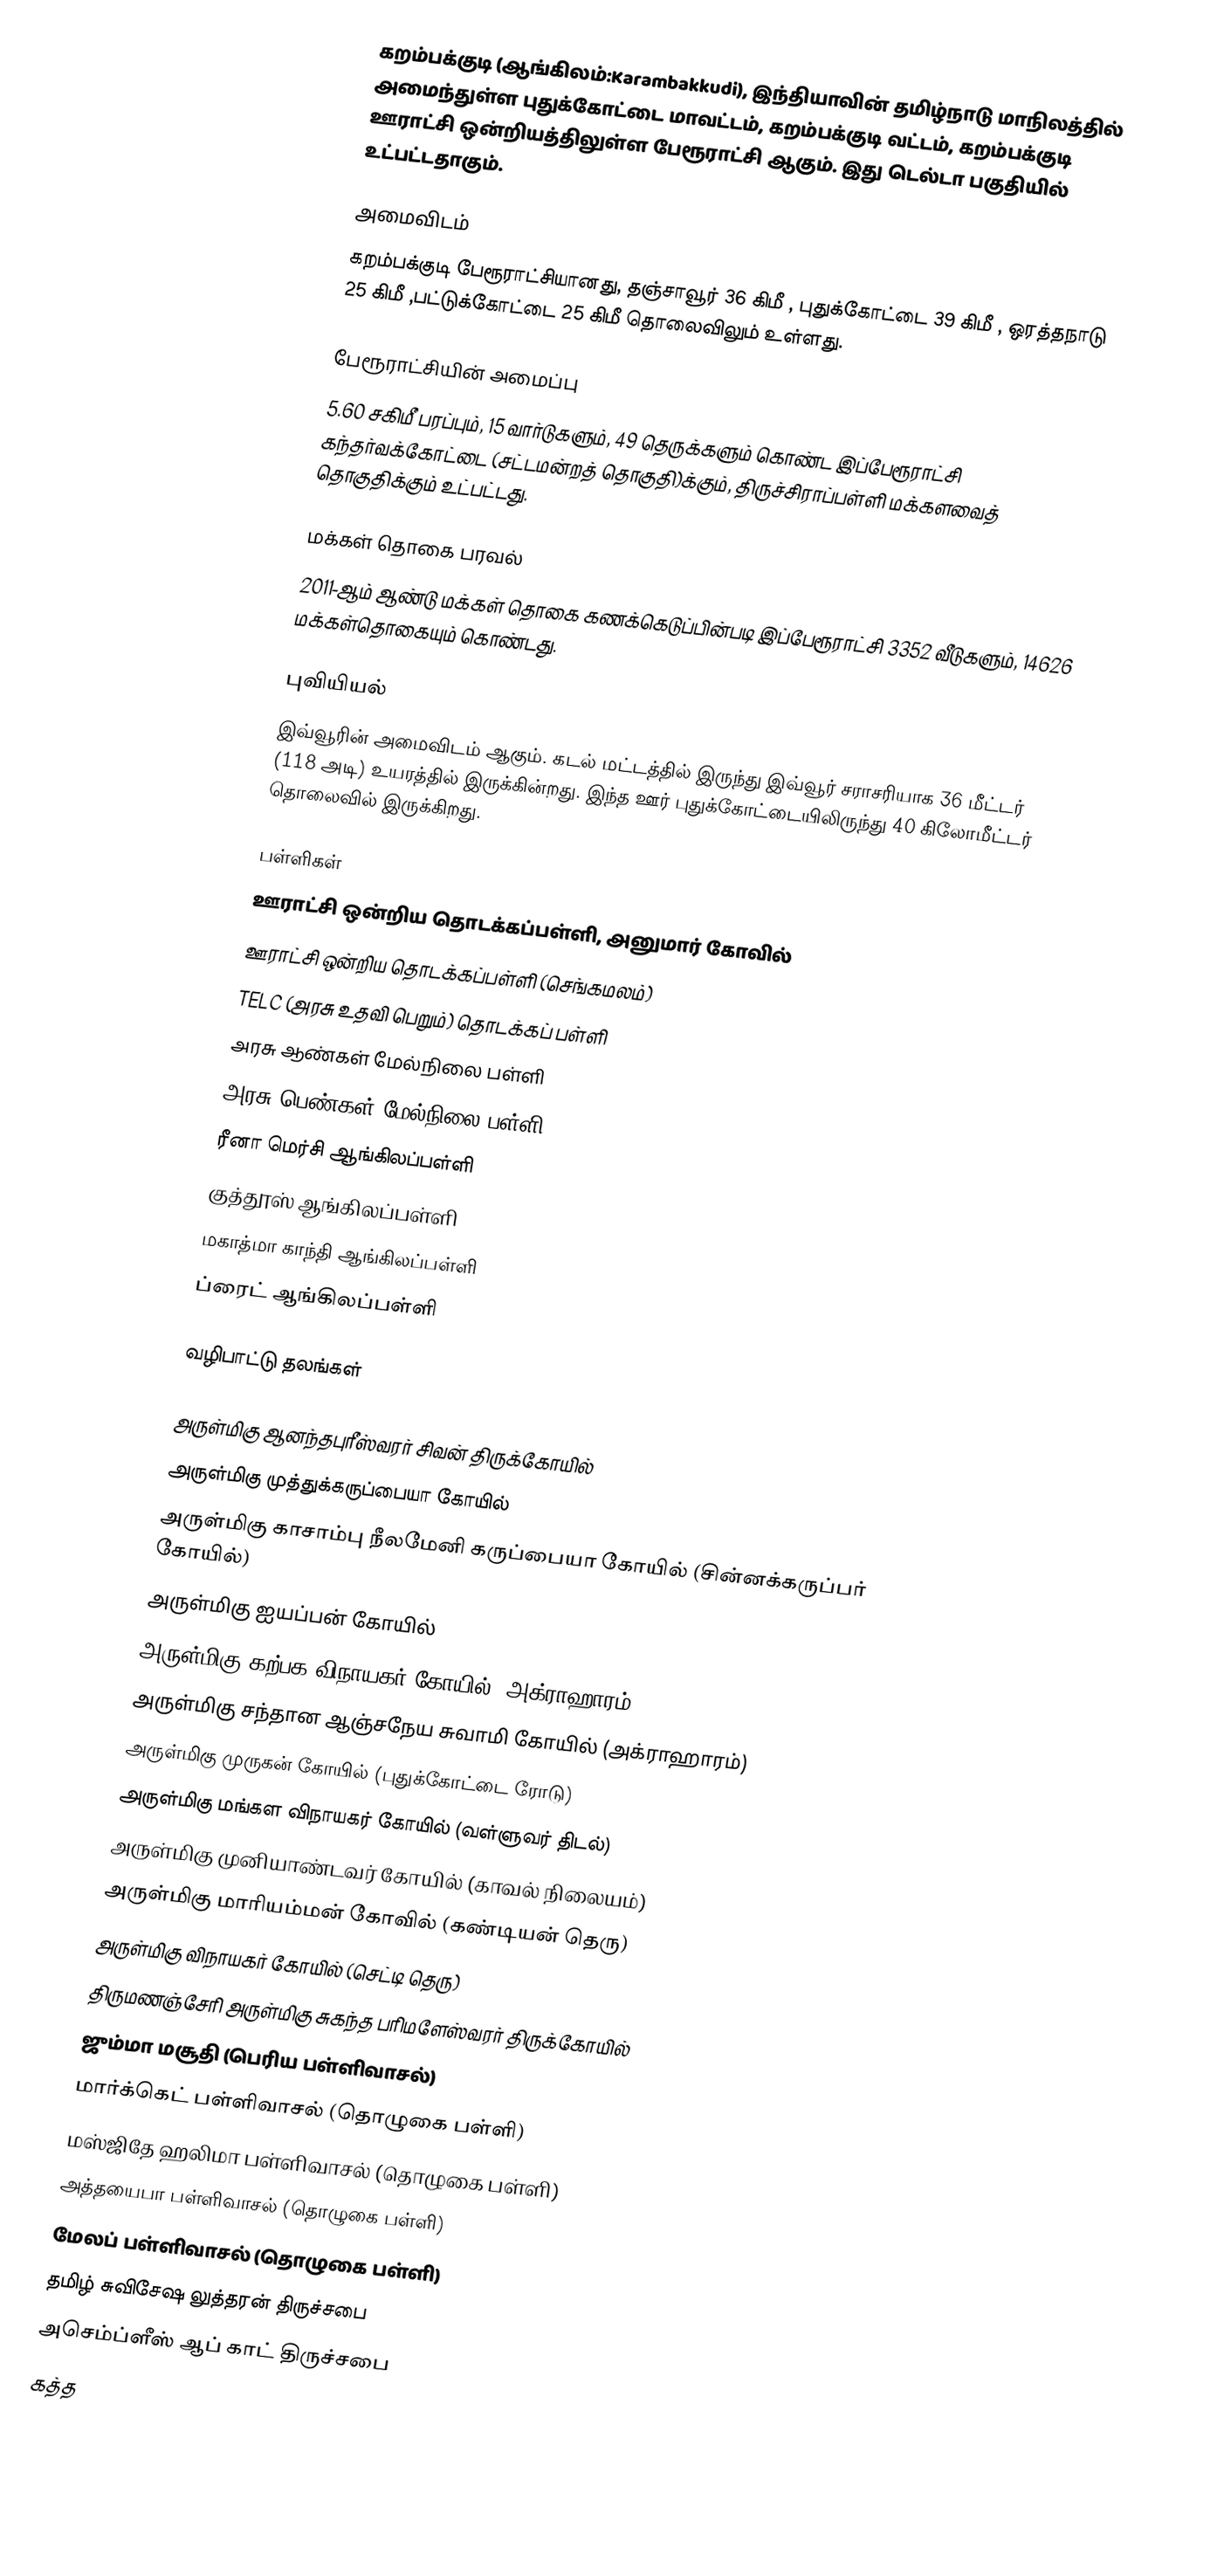
கறம்பக்குடி (ஆங்கிலம்:Karambakkudi), இந்தியாவின் தமிழ்நாடு மாநிலத்தில் அமைந்துள்ள புதுக்கோட்டை மாவட்டம்,  கறம்பக்குடி வட்டம், கறம்பக்குடி ஊராட்சி ஒன்றியத்திலுள்ள பேரூராட்சி ஆகும். இது டெல்டா பகுதியில் உட்பட்டதாகும்.

அமைவிடம்
கறம்பக்குடி பேரூராட்சியானது, தஞ்சாவூர் 36 கிமீ , புதுக்கோட்டை 39 கிமீ ,  ஒரத்தநாடு 25 கிமீ ,பட்டுக்கோட்டை 25 கிமீ தொலைவிலும் உள்ளது.

பேரூராட்சியின் அமைப்பு
5.60 சகிமீ பரப்பும்,  15 வார்டுகளும், 49  தெருக்களும் கொண்ட இப்பேரூராட்சி  கந்தர்வக்கோட்டை (சட்டமன்றத் தொகுதி)க்கும், திருச்சிராப்பள்ளி மக்களவைத் தொகுதிக்கும் உட்பட்டது.

மக்கள் தொகை பரவல்
2011-ஆம் ஆண்டு மக்கள் தொகை கணக்கெடுப்பின்படி  இப்பேரூராட்சி 3352 வீடுகளும், 14626  மக்கள்தொகையும் கொண்டது.

புவியியல்
இவ்வூரின் அமைவிடம்  ஆகும். கடல் மட்டத்தில் இருந்து இவ்வூர் சராசரியாக 36 மீட்டர் (118 அடி) உயரத்தில் இருக்கின்றது. இந்த ஊர் புதுக்கோட்டையிலிருந்து 40 கிலோமீட்டர் தொலைவில் இருக்கிறது.

பள்ளிகள்
ஊராட்சி ஒன்றிய தொடக்கப்பள்ளி, அனுமார் கோவில்
ஊராட்சி ஒன்றிய தொடக்கப்பள்ளி (செங்கமலம்)
TELC (அரசு உதவி பெறும்) தொடக்கப் பள்ளி
அரசு ஆண்கள் மேல்நிலை பள்ளி
அரசு பெண்கள் மேல்நிலை பள்ளி
ரீனா மெர்சி ஆங்கிலப்பள்ளி
குத்தூஸ் ஆங்கிலப்பள்ளி
மகாத்மா காந்தி ஆங்கிலப்பள்ளி
ப்ரைட் ஆங்கிலப்பள்ளி

வழிபாட்டு தலங்கள்

அருள்மிகு ஆனந்தபுரீஸ்வரர் சிவன் திருக்கோயில்
அருள்மிகு முத்துக்கருப்பையா கோயில்
அருள்மிகு காசாம்பு நீலமேனி கருப்பையா கோயில் (சின்னக்கருப்பர் கோயில்)
அருள்மிகு ஐயப்பன் கோயில்
அருள்மிகு கற்பக விநாயகர் கோயில் (அக்ராஹாரம்)
அருள்மிகு சந்தான ஆஞ்சநேய சுவாமி கோயில் (அக்ராஹாரம்)
அருள்மிகு முருகன் கோயில் (புதுக்கோட்டை ரோடு)
அருள்மிகு மங்கள விநாயகர் கோயில் (வள்ளுவர் திடல்)
அருள்மிகு முனியாண்டவர் கோயில் (காவல் நிலையம்)
அருள்மிகு மாரியம்மன் கோவில் (கண்டியன் தெரு)
அருள்மிகு விநாயகர் கோயில் (செட்டி தெரு)
திருமணஞ்சேரி அருள்மிகு சுகந்த பரிமளேஸ்வரர் திருக்கோயில்
ஜும்மா மசூதி (பெரிய பள்ளிவாசல்)
மார்க்கெட் பள்ளிவாசல் (தொழுகை பள்ளி)
மஸ்ஜிதே ஹலிமா பள்ளிவாசல் (தொழுகை பள்ளி)
அத்தயைபா பள்ளிவாசல் (தொழுகை பள்ளி)
மேலப் பள்ளிவாசல் (தொழுகை பள்ளி)
தமிழ் சுவிசேஷ லுத்தரன் திருச்சபை
அசெம்ப்ளீஸ் ஆப் காட் திருச்சபை
கத்த